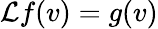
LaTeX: \mathcal{L}f(v)=g(v)